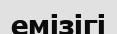
емізігі